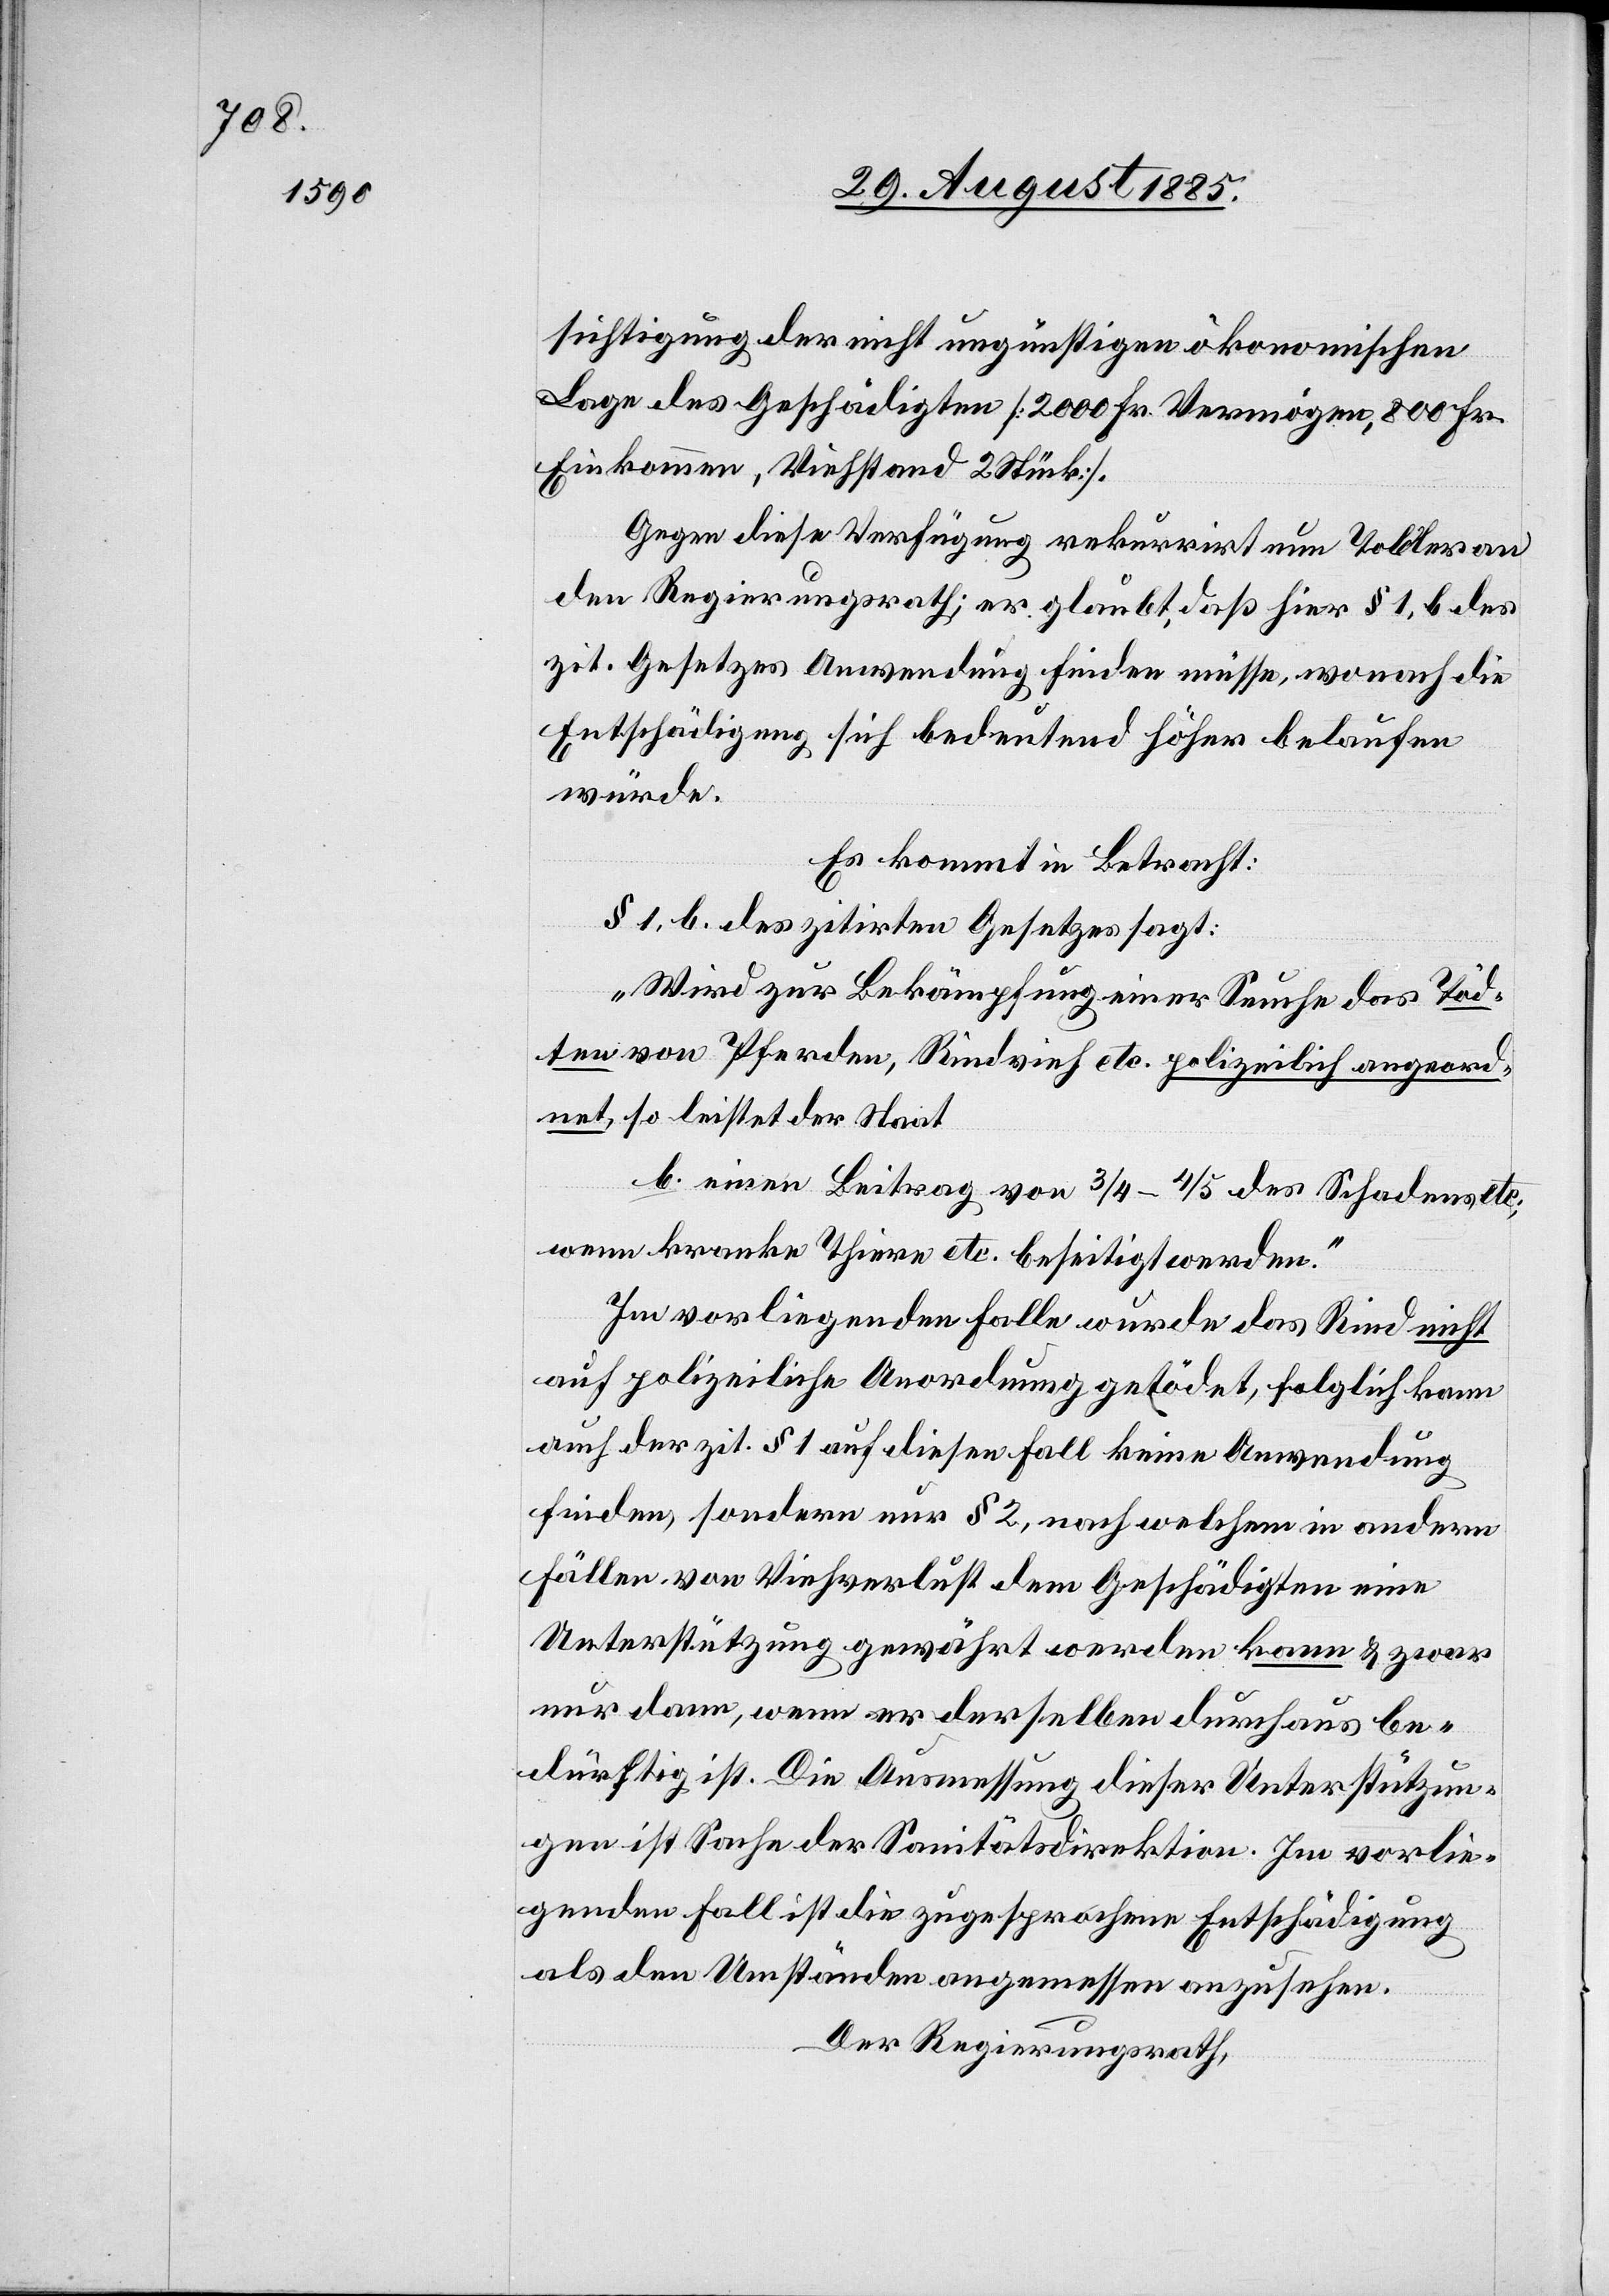
sichtigung der nicht ungünstigen ökonomischen
Lage des Geschädigten [2000 Fr. Vermögen, 800 Fr.
Einkommen, Viehstand 2 Stück].
Gegen diese Verfügung rekurrirt nun Tobler an
den Regierungsrath; er glaubt, daß hier § 1, b des
zit. Gesetzes Anwendung finden müsse, wonach die
Entschädigung sich bedeutend höher belaufen
würde.
Es kommt in Betracht:
§ 1, b. des zitirten Gesetzes sagt:
„Wird zur Bekämpfung einer Seuche das Töd¬
ten von Pferden, Rindsvieh etc. polizeilich angeord¬
net, so leistet der Staat:
b. einen Beitrag von 3/4–4/5 des Schadens etc.,
wenn kranke Thiere etc. beseitigt werden.“
Im vorliegenden Falle wurde das Rind nicht
auf polizeiliche Anordnung getödet, folglich kann
auch der zit. § 1 auf diesen Fall keine Anwendung
finden, sondern nur § 2, nach welchem in andern
Fällen, von Viehverlust dem Geschädigten eine
Unterstützung gewährt werden kann & zwar
nur dann, wenn er derselben durchaus be¬
dürftig ist. Die Ausmessung dieser Unterstützun¬
g ist Sache der Sanitätsdirektion. Im vorlie¬
genden Fall ist die zugesprochene Entschädigung
als den Umständen angemessen anzusehen.
Der Regierungsrath,